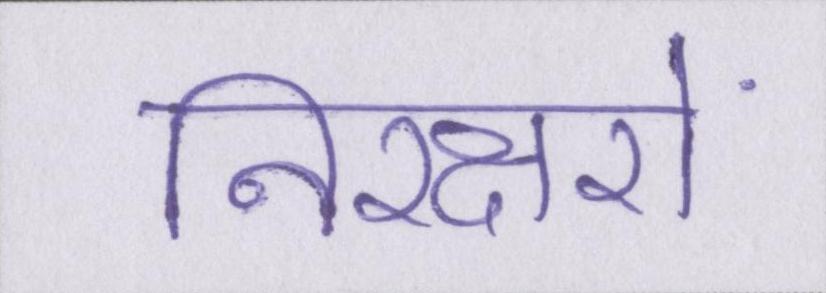
निरक्षरों